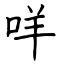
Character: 咩